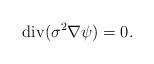
LaTeX: \begin{align*}\mbox{div}(\sigma^2\nabla \psi)=0.\end{align*}